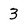
Character: 3